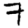
Digit: 7